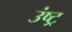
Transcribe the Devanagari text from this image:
उंष्ट्र